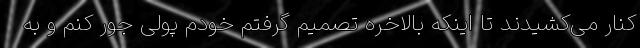
کنار می‌کشیدند تا اینکه بالاخره تصمیم گرفتم خودم پولی جور کنم و به